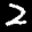
Label: 2